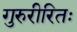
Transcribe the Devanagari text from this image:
गुरुरीरितः